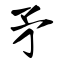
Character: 矛